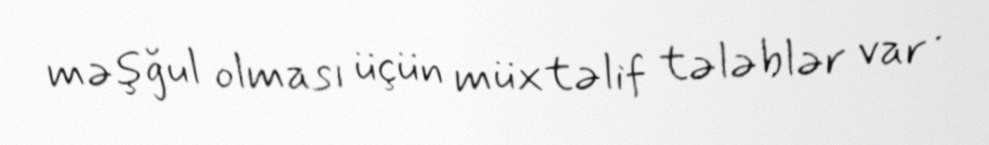
məşğul olması üçün müxtəlif tələblər var .